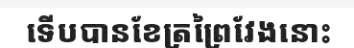
ទើបបានខែត្រព្រៃវែងនោះ